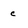
Character: c